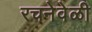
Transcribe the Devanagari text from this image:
रचनेवेळी